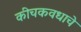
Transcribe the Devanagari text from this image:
कीचकवधाचे